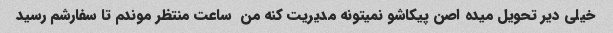
خیلی دیر تحویل میده اصن پیکاشو نمیتونه مدیریت کنه من  ساعت منتظر موندم تا سفارشم رسید